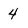
Character: 4